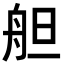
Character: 𦨪